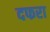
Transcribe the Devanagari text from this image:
दफरा